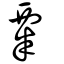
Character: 粟